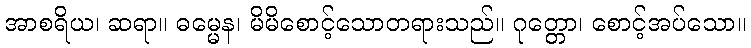
အာစရိယ၊ ဆရာ။ ဓမ္မေန၊ မိမိစောင့်သောတရားသည်။ ဂုတ္တော၊ စောင့်အပ်သော။